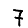
Digit: 7